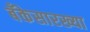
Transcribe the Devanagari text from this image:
बँकेसारख्या